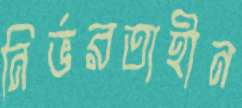
নির্ভরতাহীন